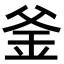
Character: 釜